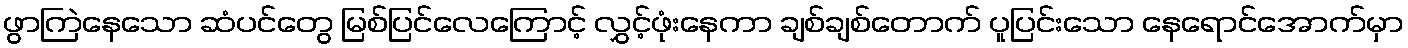
ဖွာကြဲနေသော ဆံပင်တွေ မြစ်ပြင်လေကြောင့် လွှင့်ဖုံးနေကာ ချစ်ချစ်တောက် ပူပြင်းသော နေရောင်အောက်မှာ